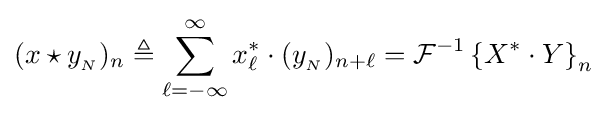
(x\star y_{_{N}})_{n}\triangleq \sum _{\ell =-\infty }^{\infty }x_{\ell }^{*}\cdot (y_{_{N}})_{n+\ell }={\mathcal {F}}^{-1}\left\{X^{*}\cdot Y\right\}_{n}